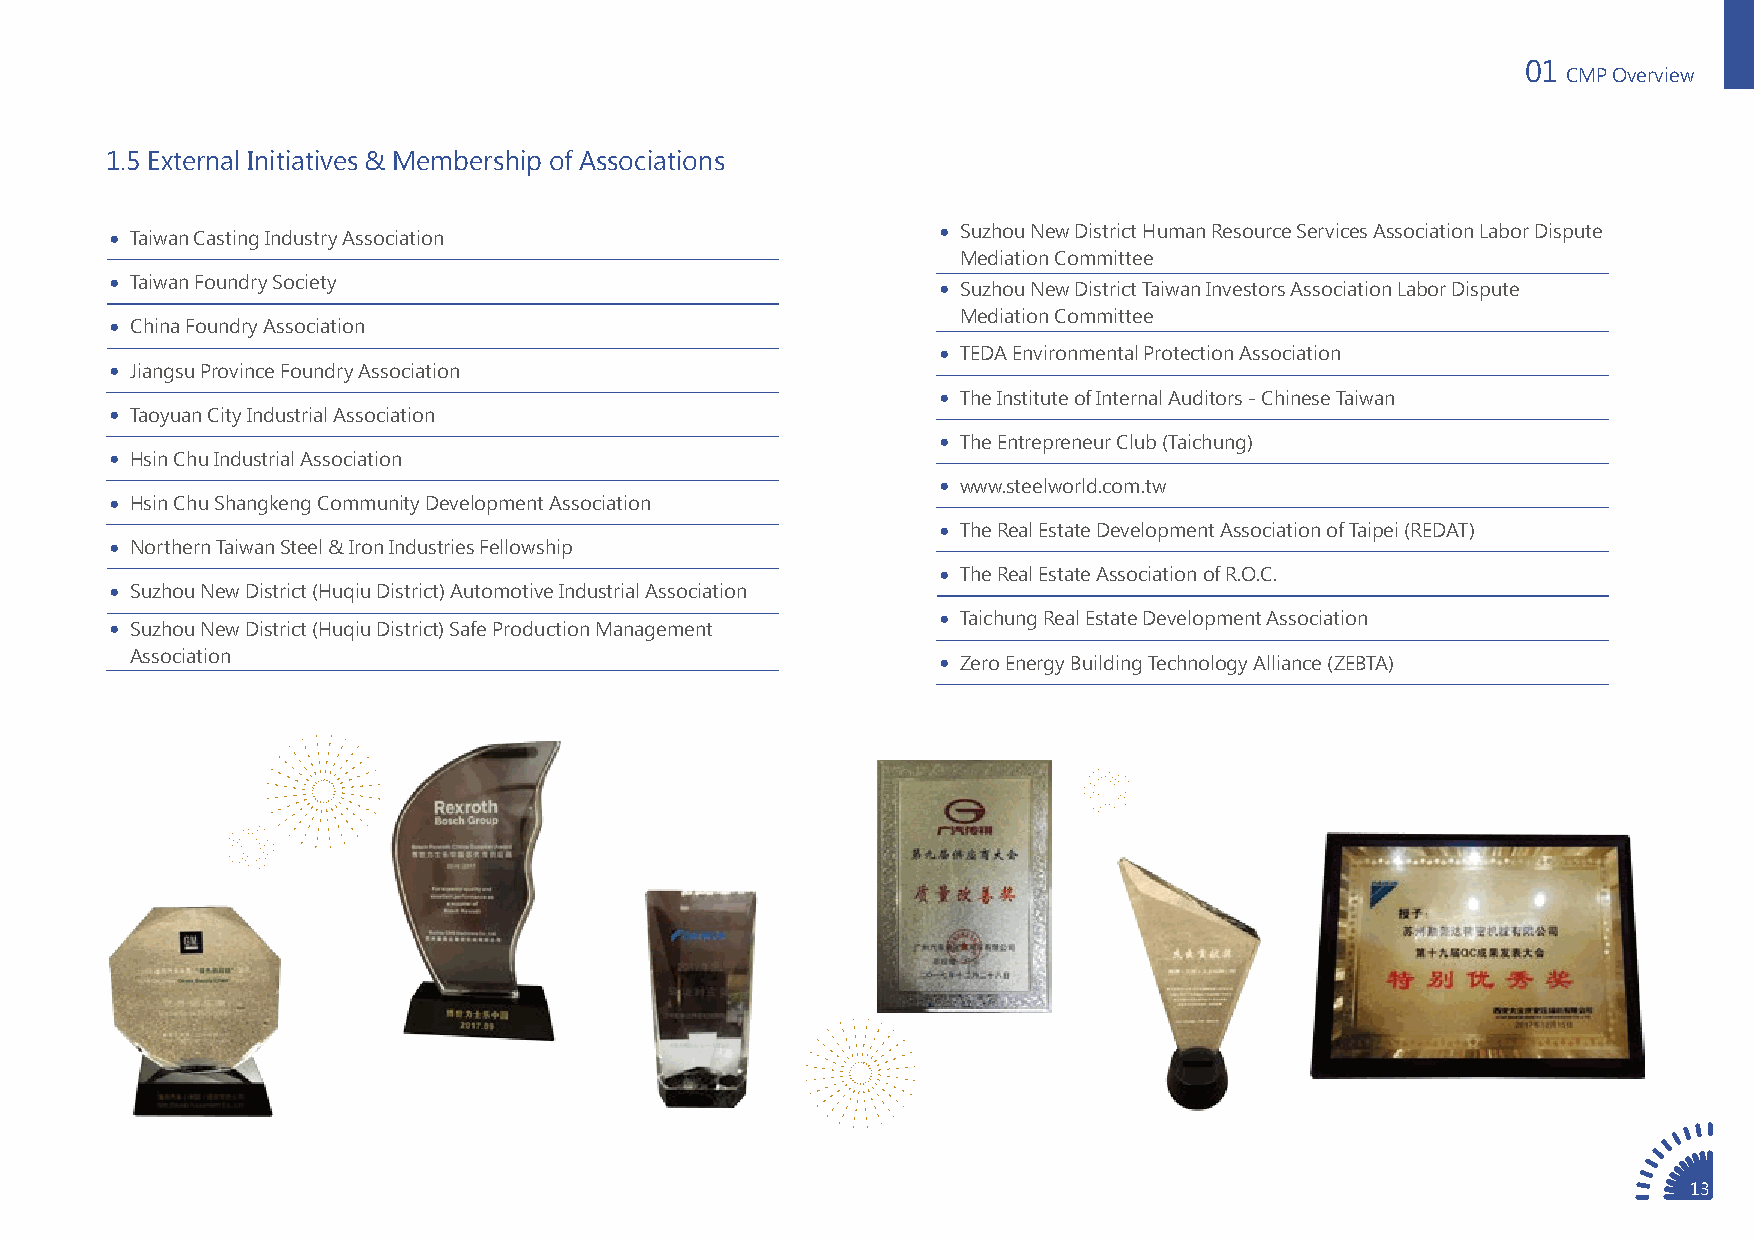
01
 CMP Overview
 1.5 External Initiatives & Membership of Associations
  Suzhou New District Human Resource Services Association Labor Dispute
  Taiwan Casting Industry Association
 Mediation Committee
  Taiwan Foundry Society
  Suzhou New District Taiwan Investors Association Labor Dispute
 Mediation Committee
  China Foundry Association
  TEDA Environmental Protection Association
  Jiangsu Province Foundry Association
  The Institute of Internal Auditors - Chinese Taiwan
  Taoyuan City Industrial Association
  The Entrepreneur Club (Taichung)
  Hsin Chu Industrial Association
  www.steelworld.com.tw
  Hsin Chu Shangkeng Community Development Association
  The Real Estate Development Association of Taipei (REDAT)
  Northern Taiwan Steel & Iron Industries Fellowship
  The Real Estate Association of R.O.C.
  Suzhou New District (Huqiu District) Automotive Industrial Association
  Taichung Real Estate Development Association
  Suzhou New District (Huqiu District) Safe Production Management
 Association
  Zero Energy Building Technology Alliance (ZEBTA)
 13